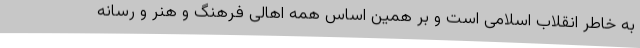
به خاطر انقلاب اسلامی است و بر همین اساس همه اهالی فرهنگ و هنر و رسانه